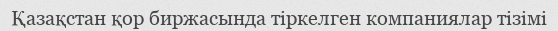
Қазақстан қор биржасында тіркелген компаниялар тізімі